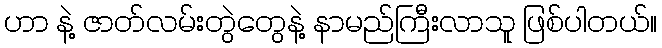
ဟာ နဲ့ ဇာတ်လမ်းတွဲတွေနဲ့ နာမည်ကြီးလာသူ ဖြစ်ပါတယ်။